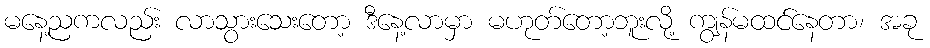
မနေ့ညကလည်း လာသွားသေးတော့ ဒီနေ့လာမှာ မဟုတ်တော့ဘူးလို့ ကျွန်မထင်နေတာ၊ အခု